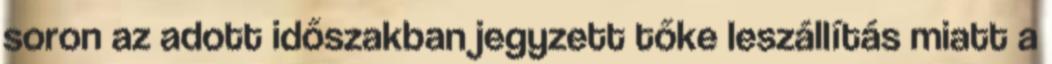
soron az adott időszakban jegyzett tőke leszállítás miatt a